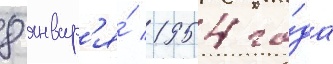
8 январ'я́ 1954 го́да